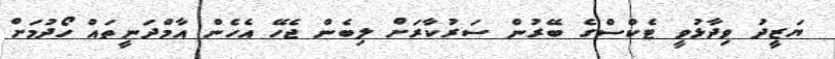
ޔަޒީދު ވިދާޅުވީ ޓެކްސްގެ ބޭރުން ސަރުކާރަށް ލިބެން ޖެހޭ އެހެން އާމްދަނީތައް ހޯދުމަށް